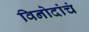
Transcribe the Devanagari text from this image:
विनोदांचं